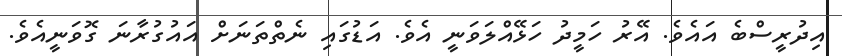
އިދުރީސްބެ އައެވެ. އޭރު ހަމީދު ހަޅޭއްލަވަނީ އެވެ. އަޑުގައި ނެތްތަނަށް އައުގުރާނަ ގޮވަނީއެވެ.